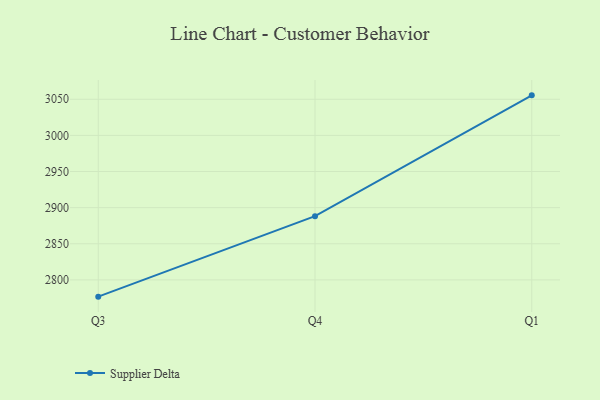
{"axis": {"x": "Quarter", "y": "Energy Usage (MWh)"}, "legend": ["Supplier Delta"], "data": [{"x": "Q3", "y": 2776.8, "type": "Supplier Delta"}, {"x": "Q4", "y": 2888.2, "type": "Supplier Delta"}, {"x": "Q1", "y": 3055.4, "type": "Supplier Delta"}]}